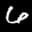
Label: 6